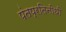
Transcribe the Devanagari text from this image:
पंतप्रतिनीधी